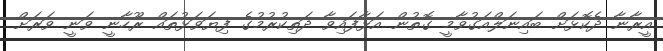
އީރާނާ ދެކޮޅަށް ބައިނަލްއަގުވާމީ ގޮތުން އަޅާފައިވާ ދަތިކުރުމުގެ ފިޔަވަޅުތައް ރޫހާނީ ވަނީ ވަރަށް